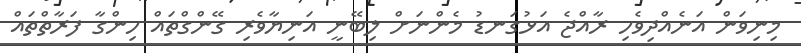
މިނިވަން އަނެއްދިވެހި ރާއްޖެ އަޅުގަނޑު މެންނަށް ލިބޭނީ އަނިޔާވެރި ގޭންގްތައް ހިންގާ ފަރާތްތައް